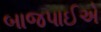
બાજપાઈએ